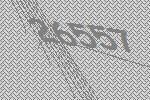
26557